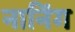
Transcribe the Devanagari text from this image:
नानिंग